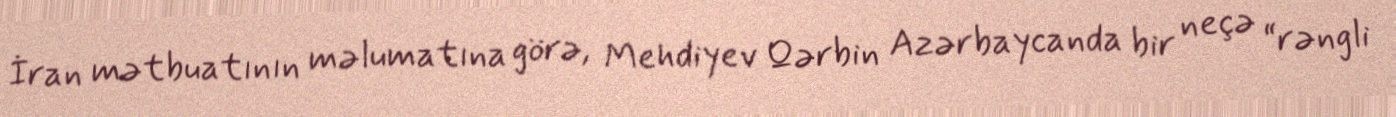
İran mətbuatının məlumatına görə, Mehdiyev Qərbin Azərbaycanda bir neçə “rəngli